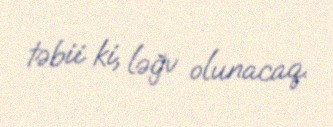
təbii ki, ləğv olunacaq.